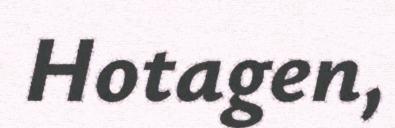
Hotagen,